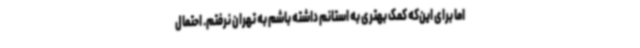
اما برای این‌که کمک بهتری به استانم داشته باشم به تهران نرفتم. احتمال